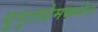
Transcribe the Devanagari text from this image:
युगुलप्रेमकथेत